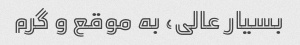
بسیار عالی، به موقع و گرم